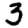
Digit: 3